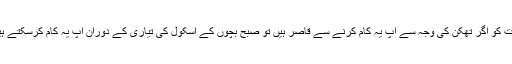
رات کو اگر تھکن کی وجہ سے آپ یہ کام کرنے سے قاصر ہیں تو صبح بچوں کے اسکول کی تیاری کے دوران آپ یہ کام کرسکتے ہیں۔